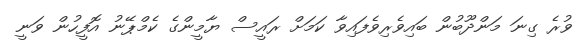
ވުރެ ގިނަ މަންދޫބުން ބައިވެރިވެފައިވާ ކަމަށް ރައީސް ޔާމީންގެ ކެމްޕޭނު އޮފީހުން ވަނީ